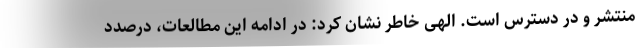
منتشر و در دسترس است. الهی خاطر نشان کرد: در ادامه این مطالعات، درصدد